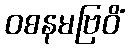
ဝစနမဗြဝိံ